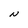
Character: N